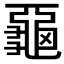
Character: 𪚦